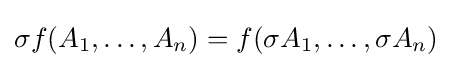
\sigma f(A_{1},\dots ,A_{n})=f(\sigma A_{1},\dots ,\sigma A_{n})